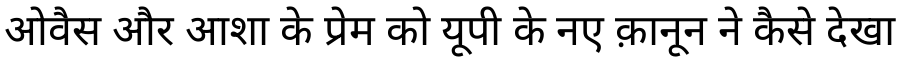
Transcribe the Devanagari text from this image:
ओवैस और आशा के प्रेम को यूपी के नए क़ानून ने कैसे देखा